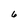
Character: 6